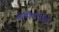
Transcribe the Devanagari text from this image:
ओंबीमधील